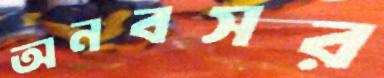
অনবসর